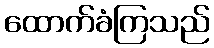
ထောက်ခံကြသည်